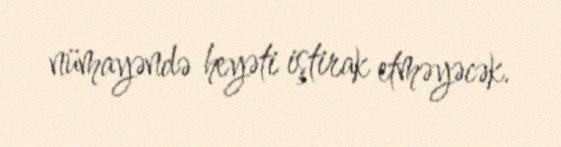
nümayəndə heyəti iştirak etməyəcək.